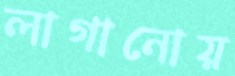
লাগানোয়